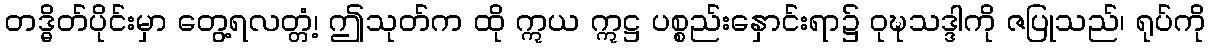
တဒ္ဓိတ်ပိုင်းမှာ တွေ့ရလတ္တံ့၊ ဤသုတ်က ထို ဣယ ဣဋ္ဌ ပစ္စည်းနှောင်းရာ၌ ဝုဍ္ဎသဒ္ဒါကို ဇပြုသည်၊ ရုပ်ကို